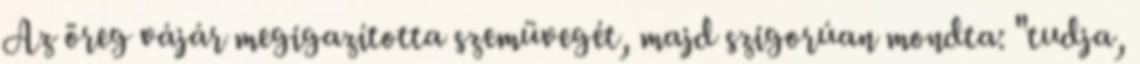
Az öreg vájár megigazította szemüvegét, majd szigorúan mondta: "tudja,